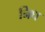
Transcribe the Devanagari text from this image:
निध